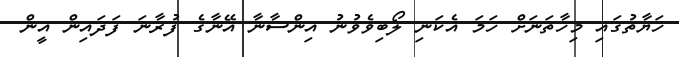
ހަޔާތުގައި މިހާތަނަށް ހަމަ އެކަނި ލޯބިވެވުނު އިންސާނާ އޭނާގެ ފުރާނަ ފަދައިން އީން